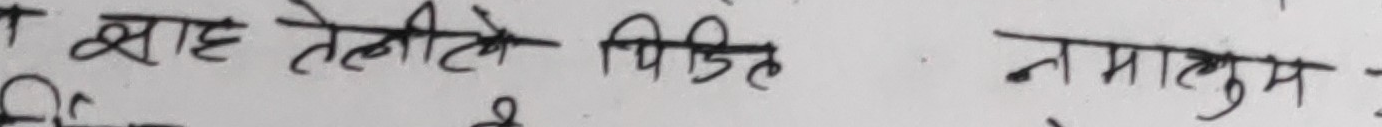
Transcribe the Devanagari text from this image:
बाह तेलीले पिडित नमालुम